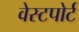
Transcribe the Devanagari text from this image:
वेस्‍टपोर्ट